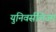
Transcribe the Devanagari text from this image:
युनिवर्सलिज्म